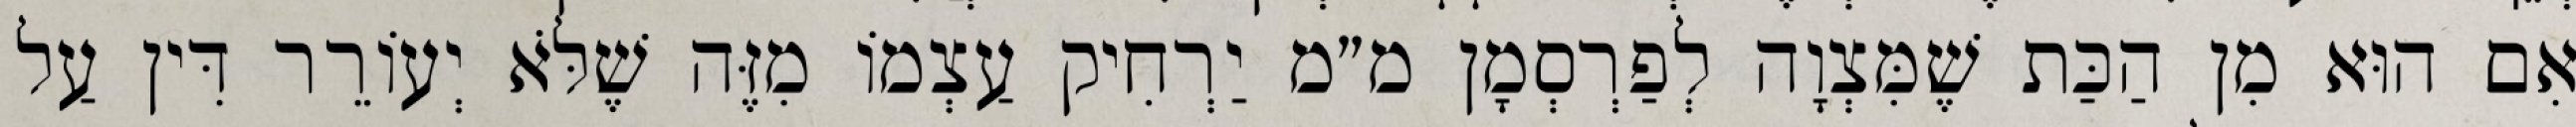
אִם הוּא מִן הַכַּת שֶׁמִּצְוָה לְפַרְסְמָן מ״מ יַרְחִיק עַצְמוֹ מִזֶּה שֶׁלֹּא יְעוֹרֵר דִּין עַל